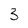
Character: 3